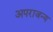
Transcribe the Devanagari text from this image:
अपराजन्य